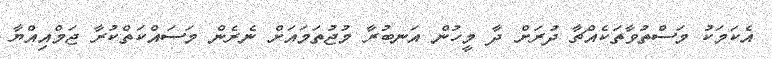
އެކަމަކު މަސްތުވާތަކެއްޗާ ދުރަށް ދާ މީހުން އަނބުރާ މުޖުތަމައަށް ނެރެން މަސައްކަތްކުރާ ޖަމްއިއްޔާ